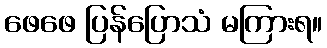
ဖေဖေ ပြန်ပြောသံ မကြားရ။